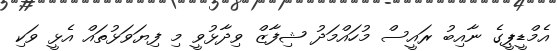
އެމްޑީޕީގެ ނާއިބު ރައީސް މުހައްމަދު ޝިފާޒް ވިދާޅުވީ މި ފިޔަވަޅުތައް އެޅީ ވަކި